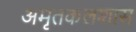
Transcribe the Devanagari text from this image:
अमृतकलशास